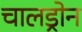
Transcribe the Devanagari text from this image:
चालड्रोन